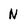
Character: N